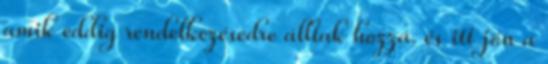
amik eddig rendelkezésedre álltak hozzá. és itt jön a